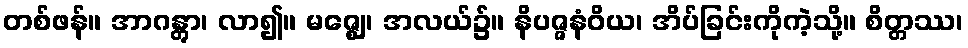
တစ်ဖန်။ အာဂန္တွာ၊ လာ၍။ မဇ္ဈေ၊ အလယ်၌။ နိပဇ္ဇနံဝိယ၊ အိပ်ခြင်းကိုကဲ့သို့။ စိတ္တဿ၊